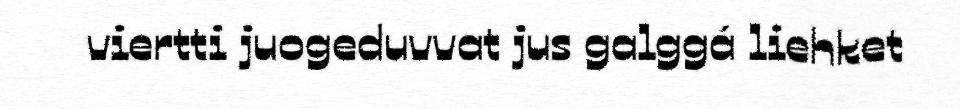
viertti juogeduvvat jus galggá liehket